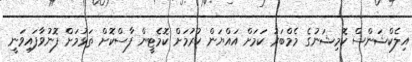
އިލެކްޝަންސް ކޮމިޝަނުގެ މެމްބަރު ކަމަށް އައްޔަން ކުރުމަށް ކޮމެޓީން ފާސްކޮށް ތަޅުމަށް ފޮނުވާފައިވަނީ